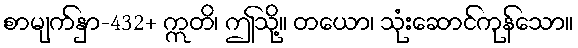
စာမျက်နှာ-432+ ဣတိ၊ ဤသို့။ တယော၊ သုံးဆောင်ကုန်သော။